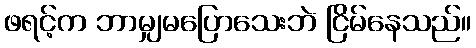
ဖရင့်က ဘာမျှမပြောသေးဘဲ ငြိမ်နေသည်။